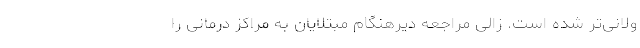
ولانی‌تر شده است. زالی مراجعه دیرهنگام مبتلایان به مراکز درمانی را